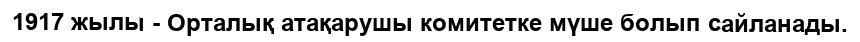
1917 жылы - Орталық атақарушы комитетке мүше болып сайланады.